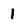
Character: 1